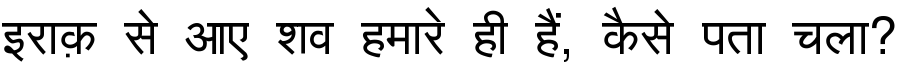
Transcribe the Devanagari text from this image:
इराक़ से आए शव हमारे ही हैं, कैसे पता चला?